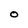
Character: O